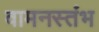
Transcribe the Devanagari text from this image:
वामनस्तंभ